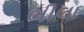
ભીલા